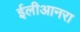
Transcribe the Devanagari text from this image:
ईलीआनरा